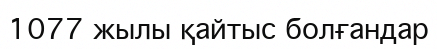
1077 жылы қайтыс болғандар